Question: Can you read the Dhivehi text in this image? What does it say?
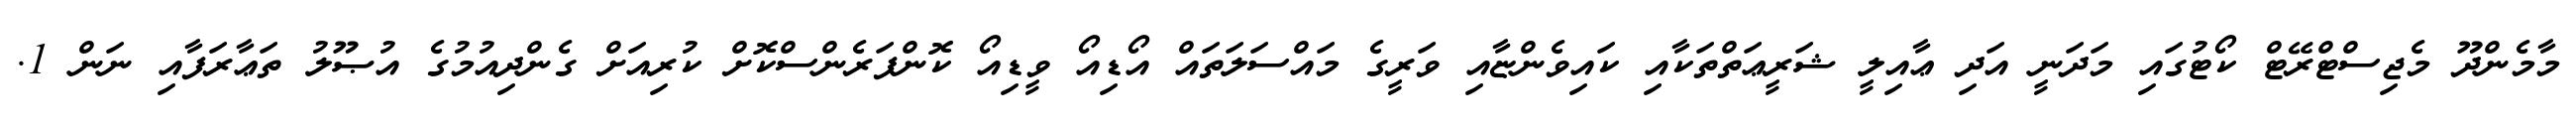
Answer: މާމެންދޫ މެޖިސްޓްރޭޓް ކޯޓުގައި މަދަނީ އަދި ޢާއިލީ ޝަރީޢަތްތަކާއި ކައިވެންޏާއި ވަރީގެ މައްސަލަތައް އޯޑިއޯ ވީޑިއޯ ކޮންފަރެންސްކޮށް ކުރިއަށް ގެންދިއުމުގެ އުޞޫލު ތަޢާރަފާއި ނަން 1.